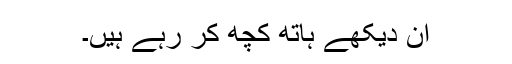
ان دیکھے ہاتھ کچھ کر رہے ہیں۔